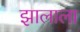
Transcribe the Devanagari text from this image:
झालाला